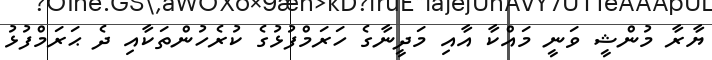
ޔާރާ މުންޝީ ވަނީ މައްކާ އާއި މަދީނާގެ ހަރަމްފުޅުގެ ކުރެހުންތަކާއި ދެ ޙަރަމްފުޅު